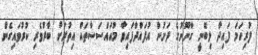
ފުރިހަމަ ފައިދާ ލިބޭނީ ގާނޫނުގެ ދަށުން އުފައްދާފައިވާ މުއައްސަސާތައް އިތުރަށް ބާރުވެރި ކުރުވައިގެން